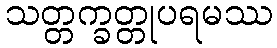
သတ္တက္ခတ္တုပရမဿ